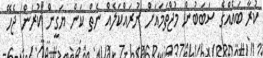
ކުރާ ބައެއްގެ ސަބަބުން މުޖްތަމައަށް ނުރައްކަލެއް ނެތް ކަން ޔަގީން ކުރަން ޖެހޭ